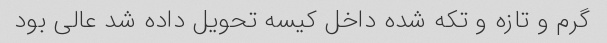
گرم و تازه و تکه شده داخل کیسه تحویل داده شد عالی بود